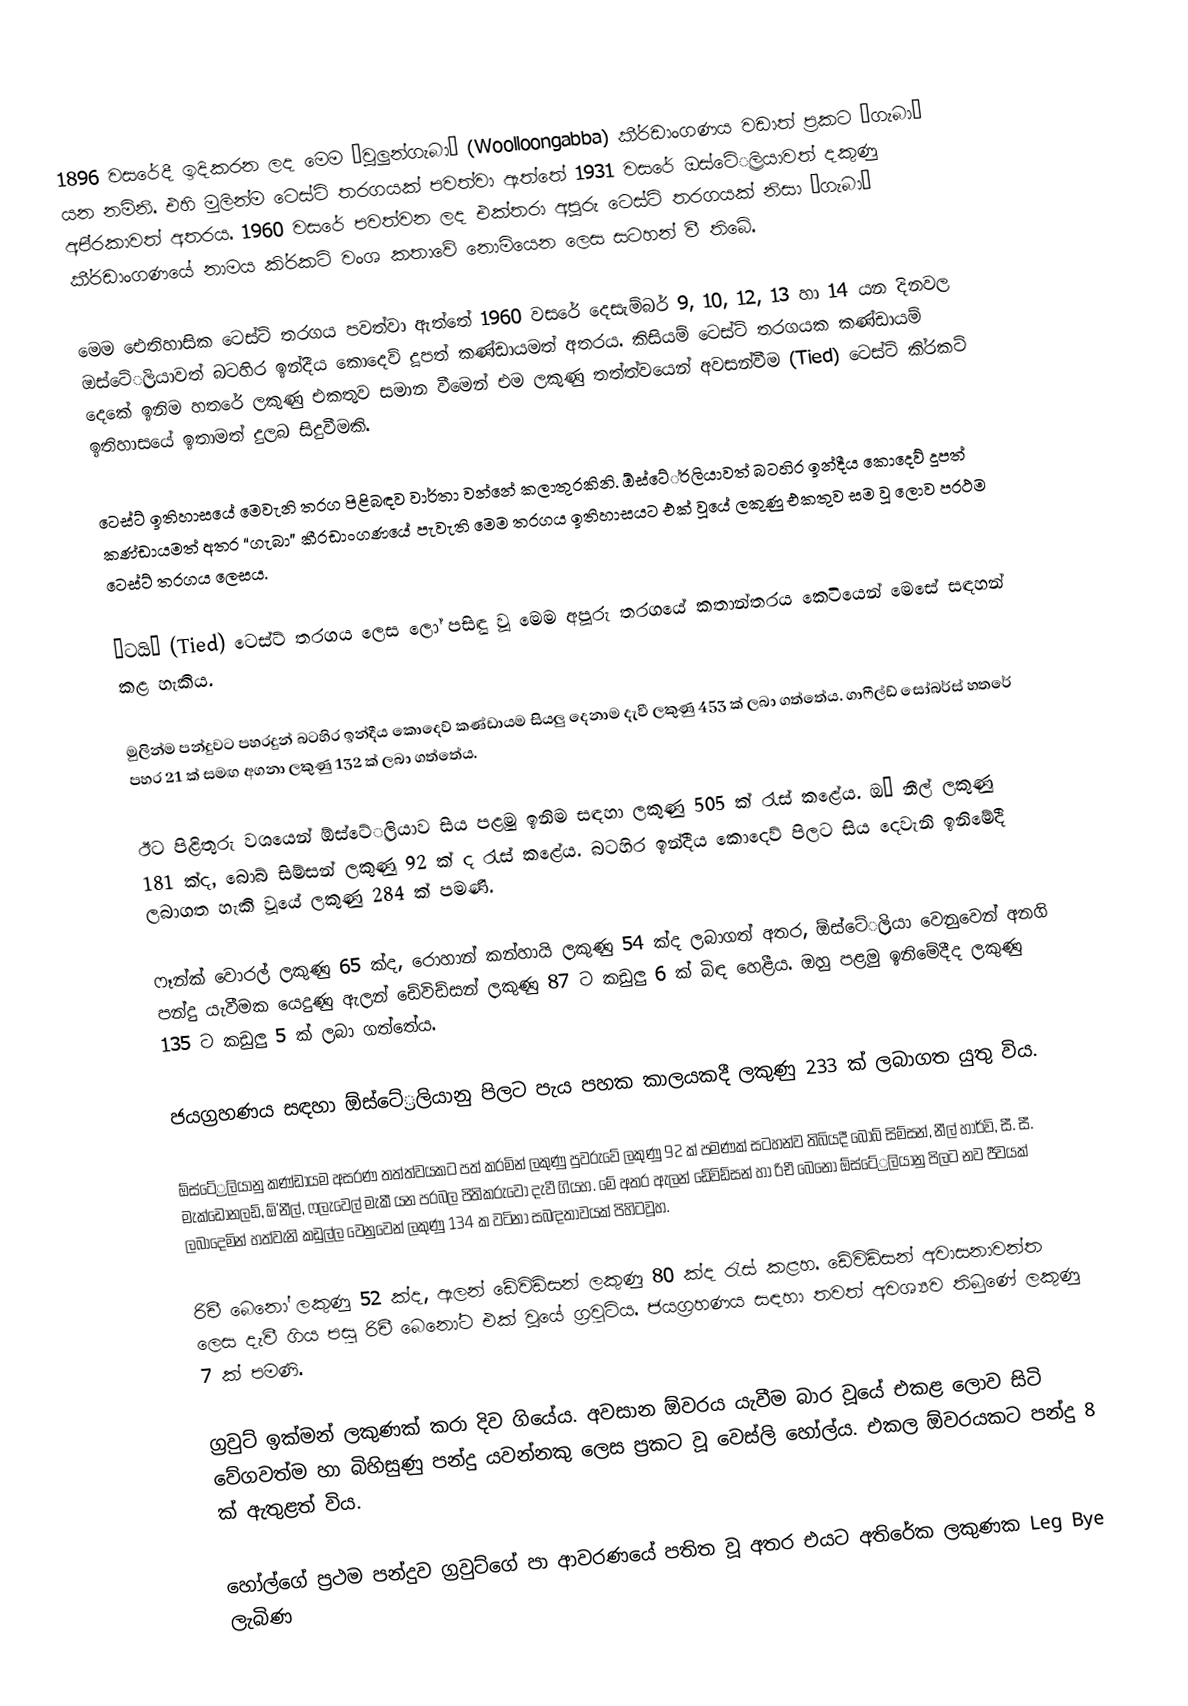
1896 වසරේදී ඉදිකරන ලද මෙම “වූලුන්ගැබා”  (Woolloongabba) කී‍්‍රඩාංගණය වඩාත් ප‍්‍රකට “ගැබා” යන නමිනි. එහි මුලින්ම ටෙස්ට් තරගයක් පවත්වා ඇත්තේ 1931 වසරේ ඔස්ටේ‍්‍රලියාවත් දකුණු අපි‍්‍රකාවත් අතරය. 1960 වසරේ පවත්වන ලද එක්තරා අපූරු ටෙස්ට් තරගයක් නිසා “ගැබා” කී‍්‍රඩාංගණයේ නාමය කි‍්‍රකට් වංශ කතාවේ නොමියෙන ලෙස සටහන් වී තිබේ.

මෙම ඓතිහාසික ටෙස්ට් තරගය පවත්වා ඇත්තේ 1960 වසරේ දෙසැම්බර් 9, 10, 12, 13 හා 14 යන දිනවල ඔස්ටේ‍්‍රලියාවත් බටහිර ඉන්දීය කොදෙව් දූපත් කණ්ඩායමත් අතරය. කිසියම් ටෙස්ට් තරගයක කණ්ඩායම් දෙකේ ඉනිම හතරේ ලකුණු එකතුව සමාන වීමෙන් එම ලකුණු තත්ත්වයෙන් අවසන්වීම (Tied) ටෙස්ට් කි‍්‍රකට් ඉතිහාසයේ ඉතාමත් දුලබ සිදුවීමකි.

ටෙස්ට් ඉතිහාසයේ මෙවැනි තරග පිළිබඳව වාර්තා වන්නේ කලාතුරකිනි. ඕස්ටේ‍්‍රලියාවත් බටහිර ඉන්දීය කොදෙව් දූපත් කණ්ඩායමත් අතර “ගැබා” කී‍්‍රඩාංගණයේ පැවැති මෙම තරගය ඉතිහාසයට එක් වූයේ ලකුණු එකතුව සම වූ ලොව ප‍්‍රථම ටෙස්ට් තරගය ලෙසය.

“ටයි” (Tied) ටෙස්ට් තරගය ලෙස ලෝ පසිඳු වූ මෙම අපූරු තරගයේ කතාන්තරය කෙටියෙන් මෙසේ සඳහන් කළ හැකිය.

මුලින්ම පන්දුවට පහරදුන් බටහිර ඉන්දීය කොදෙව් කණ්ඩායම සියලු දෙනාම දැවී ලකුණු 453 ක් ලබා ගත්තේය. ගාෆීල්ඩ් සෝබර්ස් හතරේ පහර 21 ක් සමඟ අගනා ලකුණු 132 ක් ලබා ගත්තේය.

ඊට පිළිතුරු වශයෙන් ඕස්ටේ‍්‍රලියාව සිය පළමු ඉනිම සඳහා ලකුණු 505 ක් රැස් කළේය. ඔ’ නීල් ලකුණු 181 ක්ද, බොබ් සිම්සන් ලකුණු 92 ක් ද රැස් කළේය. බටහිර ඉන්දීය කොදෙව් පිලට සිය දෙවැනි ඉනිමේදී ලබාගත හැකි වූයේ ලකුණු 284 ක් පමණි.

ෆෑන්ක් වොරල් ලකුණු 65 ක්ද, රොහාන් කන්හායි ලකුණු 54 ක්ද ලබාගත් අතර, ඕස්ටේ‍්‍රලියා වෙනුවෙන් අනගි පන්දු යැවීමක යෙදුණු ඇලන් ඩේවිඩ්සන් ලකුණු 87 ට කඩුලු 6 ක් බිඳ හෙළීය. ඔහු පළමු ඉනිමේදීද ලකුණු 135 ට කඩුලු 5 ක් ලබා ගත්තේය.

ජයග‍්‍රහණය සඳහා ඕස්ටේ‍්‍රලියානු පිලට පැය පහක කාලයකදී ලකුණු 233 ක් ලබාගත යුතු විය.

ඕස්ටේ‍්‍රලියානු කණ්ඩායම අසරණ තත්ත්වයකට පත් කරමින් ලකුණු පුවරුවේ ලකුණු 92 ක් පමණක් සටහන්ව තිබියදී බොබ් සිම්සන්, නීල් හාර්වි, සී. සී. මැක්ඩොනලඩ්, ඕ’නීල්, ෆලැවෙල් මැකී යන ප‍්‍රබල පිතිකරුවෝ දැවී ගියහ. මේ අතර ඇලන් ඩේවිඩ්සන් හා රිචී බෙනෝ ඕස්ටේ‍්‍රලියානු පිලට නව ජීවයක් ලබාදෙමින් හත්වැනි කඩුල්ල වෙනුවෙන් ලකුණු 134 ක වටිනා සබඳතාවයක් පිහිටවූහ.

රිචී බෙනෝ ලකුණු 52 ක්ද, ඇලන් ඩේවිඩ්සන් ලකුණු 80 ක්ද රැස් කළහ. ඩේවිඩ්සන් අවාසනාවන්ත ලෙස දැවී ගිය පසු රිචී බෙනෝට එක් වූයේ ග‍්‍රවුට්ය. ජයග‍්‍රහණය සඳහා තවත් අවශ්‍යව තිබුණේ ලකුණු 7 ක් පමණි.

ග‍්‍රවුට් ඉක්මන් ලකුණක් කරා දිව ගියේය. අවසාන ඕවරය යැවීම බාර වූයේ එකළ ලොව සිටි වේගවත්ම හා බිහිසුණු පන්දු යවන්නකු ලෙස ප‍්‍රකට වූ වෙස්ලි හෝල්ය. එකල ඕවරයකට පන්දු 8 ක් ඇතුළත් විය.

හෝල්ගේ ප‍්‍රථම පන්දුව ග‍්‍රවුට්ගේ පා ආවරණයේ පතිත වූ අතර එයට අතිරේක ලකුණක Leg Bye  ලැබිණ